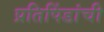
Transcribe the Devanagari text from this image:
प्रतिपिंडांची